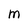
Character: M